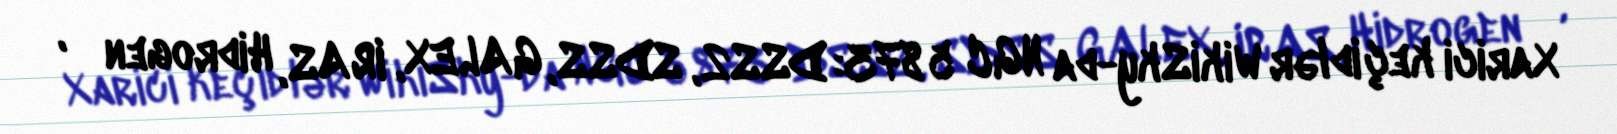
Xarici keçidlər WikiSky-da NGC 5873: DSS2, SDSS, GALEX, IRAS, Hidrogen α,